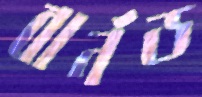
বার্নড